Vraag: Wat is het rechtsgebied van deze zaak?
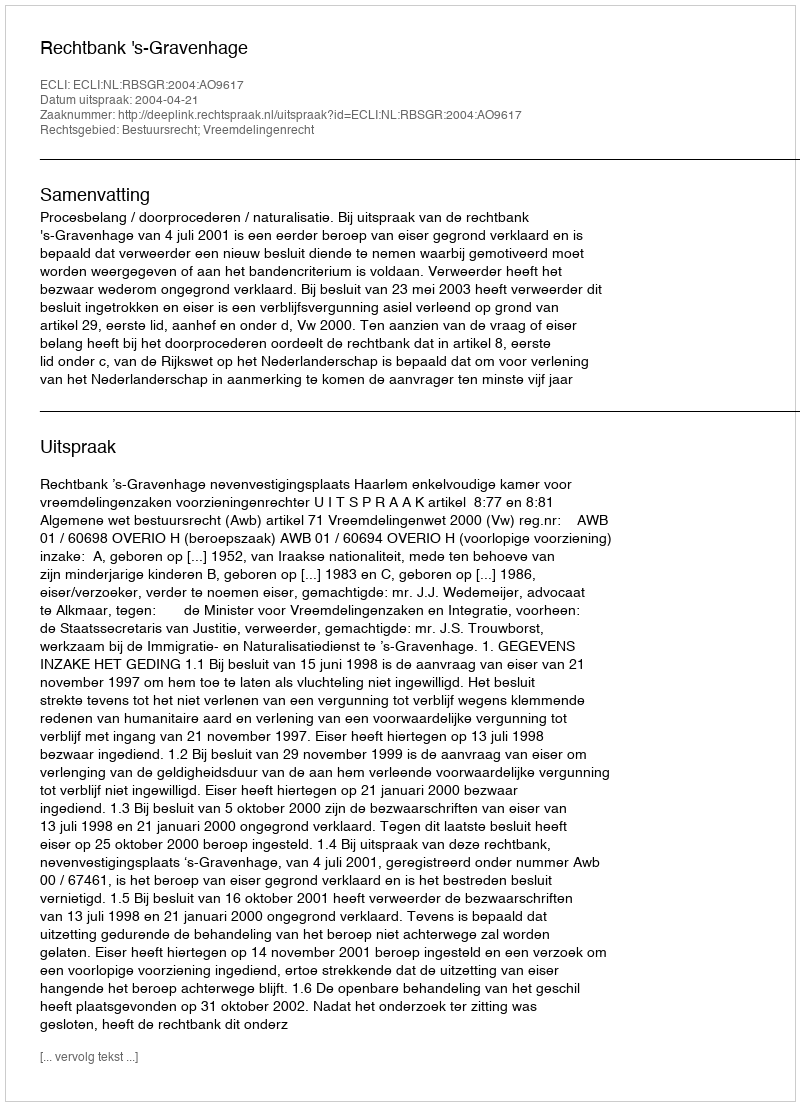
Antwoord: Bestuursrecht; Vreemdelingenrecht